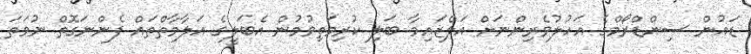
ޑައުން ސިންޑްރޯމްގެ އަހުލުވެރިންނަށް އަލްޒައިމާ ބަލި ކުރިމަތިވުމުން އެބަލީގެ އަލާމާތްތައް ފެންނަގޮތް ނުވަތަ